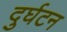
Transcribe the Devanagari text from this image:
दुर्घटन